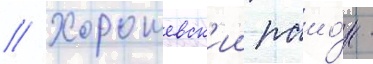
// Хорошевск'ии раио́н -